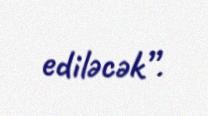
ediləcək”.